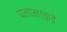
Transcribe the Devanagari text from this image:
पनामाकडे